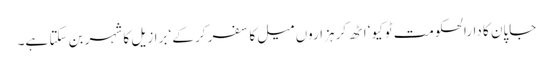
جاپان کا دارالحکومت ٹوکیو‘ اٹھ کر ہزاروں میل کا سفر کر کے‘ برازیل کا شہر بن سکتا ہے۔